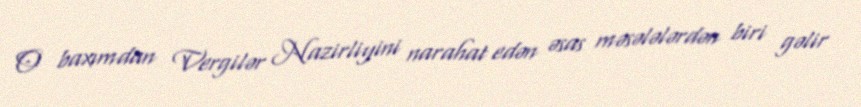
O baxımdan Vergilər Nazirliyini narahat edən əsas məsələlərdən biri gəlir